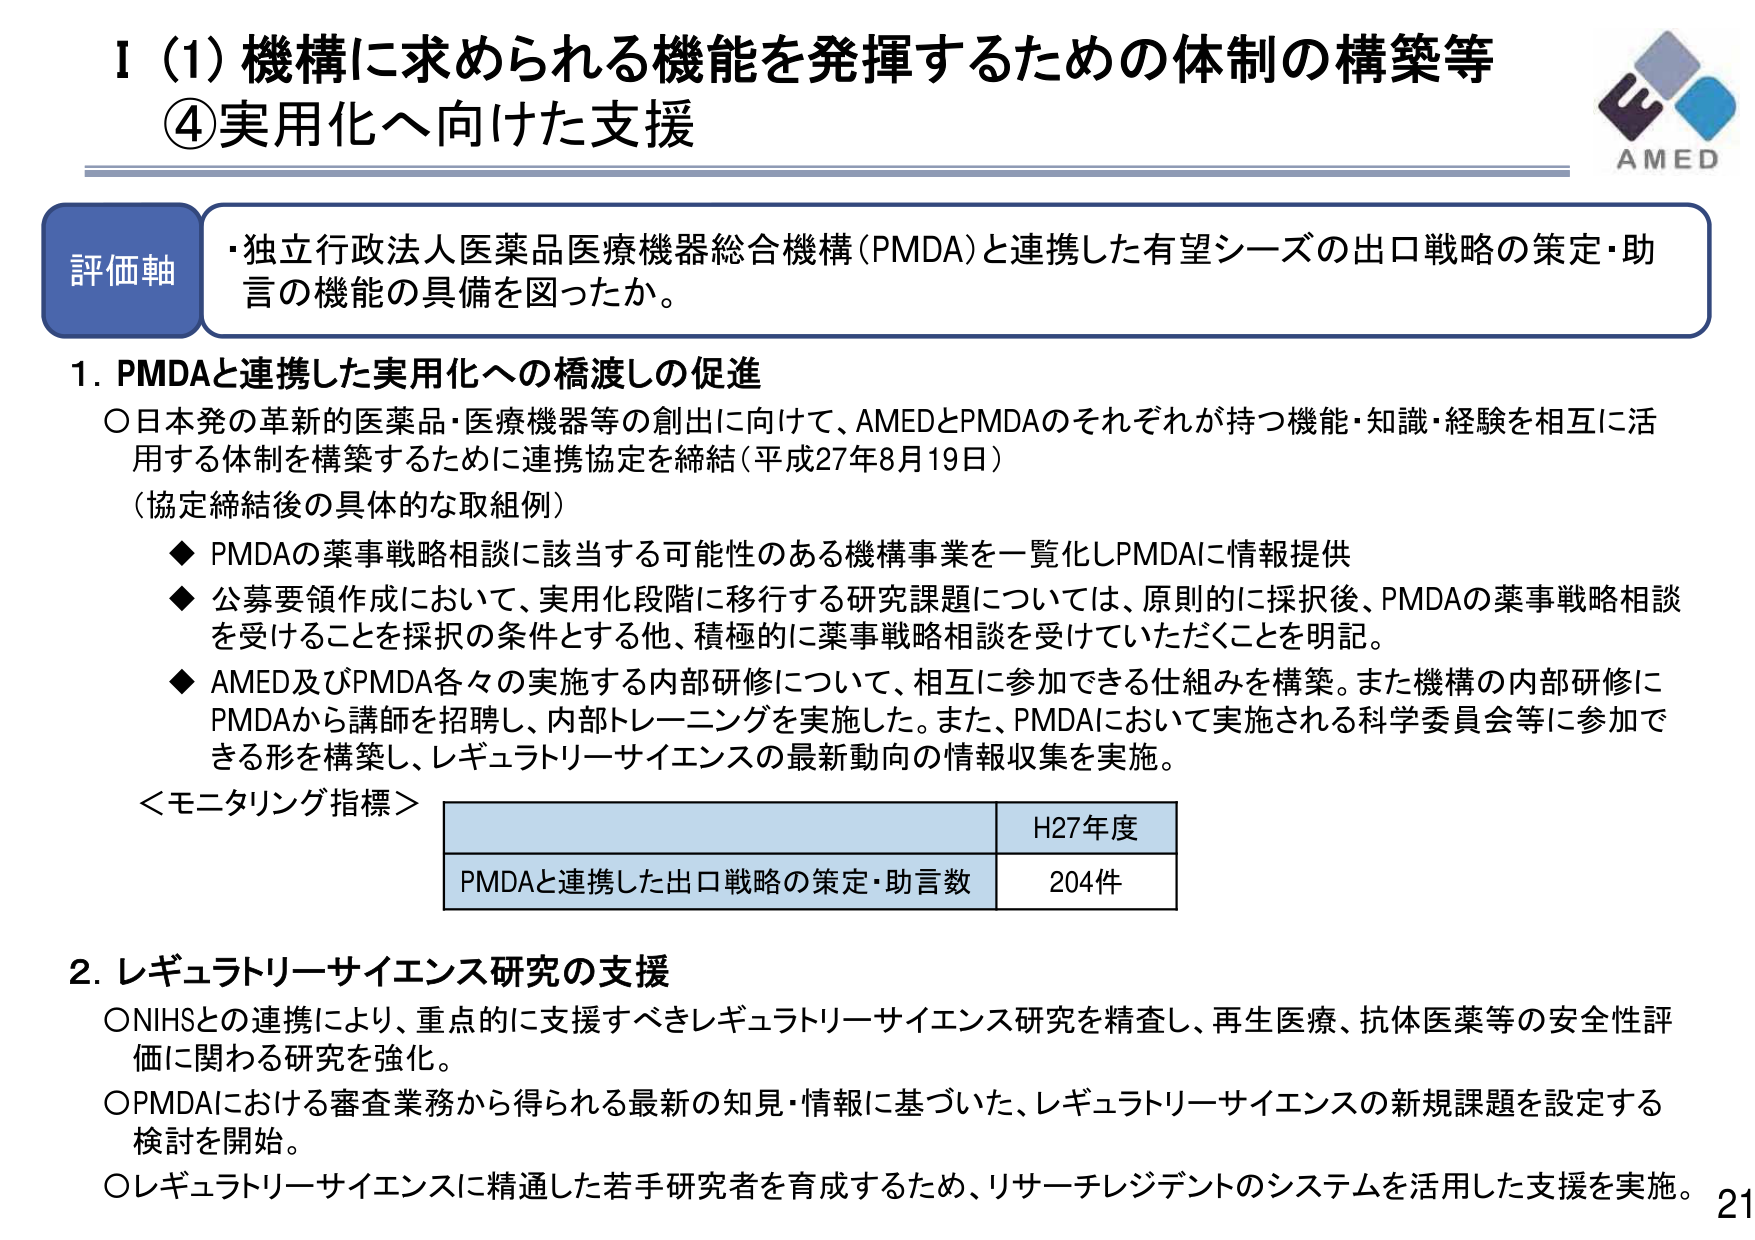
I (1) 機構に求められる機能を発揮するための体制の構築等
④ 実用化へ向けた支援

評価軸
・独立行政法人医薬品医療機器総合機構（PMDA）と連携した有望シーズの出口戦略の策定・助言の機能の具備を図ったか。

1. PMDAと連携した実用化への橋渡しの促進
○ 日本発の革新的医薬品・医療機器等の創出に向けて、AMEDとPMDAのそれぞれが持つ機能・知識・経験を相互に活用する体制を構築するために連携協定を締結（平成27年8月19日）
（協定締結後の具体的な取組例）
◆ PMDAの薬事戦略相談に該当する可能性のある機構事業を一覧化しPMDAに情報提供
◆ 公募要領作成において、実用化段階に移行する研究課題については、原則的に採択後、PMDAの薬事戦略相談を受けることを採択の条件とする他、積極的に薬事戦略相談を受けていただくことを明記。
◆ AMED及びPMDA各々の実施する内部研修について、相互に参加できる仕組みを構築。また機構の内部研修にPMDAから講師を招聘し、内部トレーニングを実施した。また、PMDAにおいて実施される科学委員会等に参加できる形を構築し、レギュラトリーサイエンスの最新動向の情報収集を実施。

＜モニタリング指標＞
| | H27年度 |
|---|---|
| PMDAと連携した出口戦略の策定・助言数 | 204件 |

2. レギュラトリーサイエンス研究の支援
○ NIHSSとの連携により、重点的に支援すべきレギュラトリーサイエンス研究を精査し、再生医療、抗体医薬等の安全性評価に関わる研究を強化。
○ PMDAにおける審査業務から得られる最新の知見・情報に基づいた、レギュラトリーサイエンスの新規課題を設定する検討を開始。
○ レギュラトリーサイエンスに精通した若手研究者を育成するため、リサーチレジデントのシステムを活用した支援を実施。

AMED
21